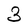
Character: 3